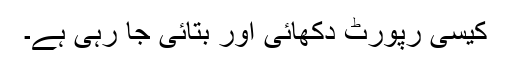
کیسی رپورٹ دکھائی اور بتائی جا رہی ہے۔